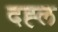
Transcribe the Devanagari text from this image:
दह्ल